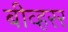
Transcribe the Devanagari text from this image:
बीव्हरर